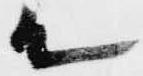
て